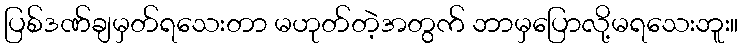
ပြစ်ဒဏ်ချမှတ်ရသေးတာ မဟုတ်တဲ့အတွက် ဘာမှပြောလို့မရသေးဘူး။